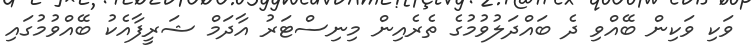
ވަކި ވަކިން ބޭއްވި ދެ ބައްދަލުވުމުގެ ތެރެއިން މިނިސްޓަރު އާދަމް ޝަރީފާއެކު ބޭއްވުމުގައި